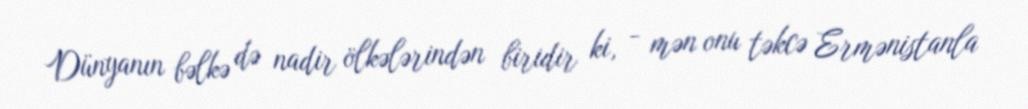
Dünyanın bəlkə də nadir ölkələrindən biridir ki, - mən onu təkcə Ermənistanla